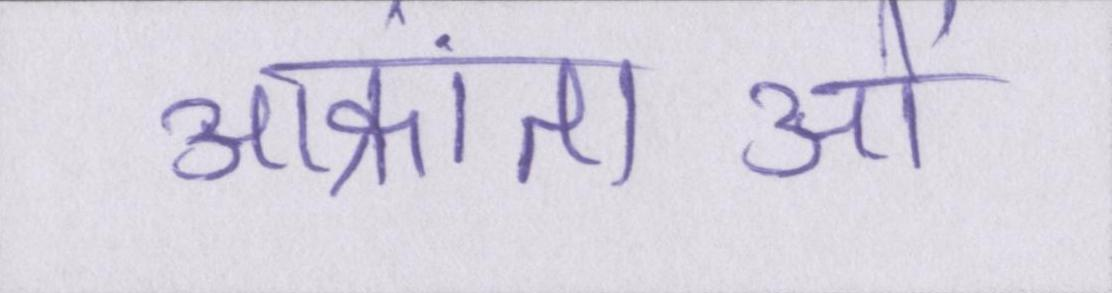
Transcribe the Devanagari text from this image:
आक्रांताओं